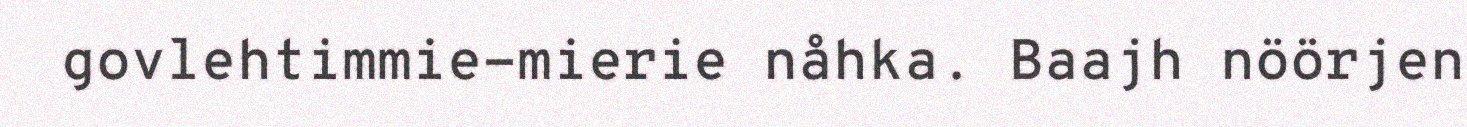
govlehtimmie-mierie nåhka. Baajh nöörjen